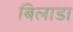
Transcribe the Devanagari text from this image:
बिलाडा